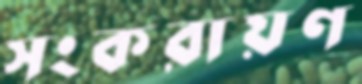
সংকরায়ণ